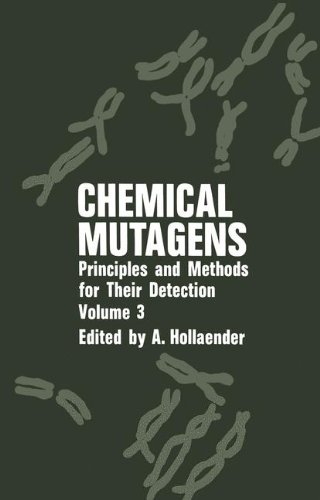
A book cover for Chemical Mutagens: Principles and Methods for Their Detection. Volume 3; Alexander Hollaender; Medical Books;